Studies on the mouth parts a Comparative anatomy of the proboscis in the blood-sucking muscidae - Number 60
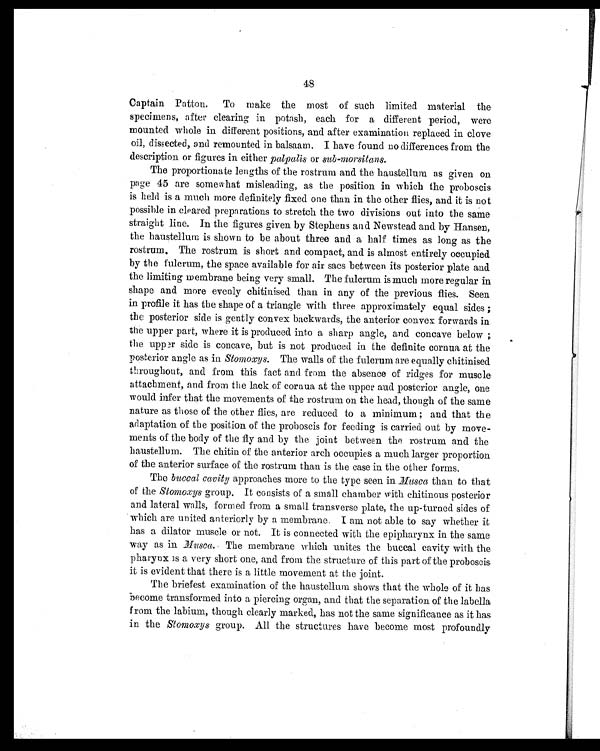
48
Captain Patton. To make the most of such limited material the
specimens, after clearing in potash, each for a different period, were
mounted whole in different positions, and after examination replaced in clove
oil, dissected, and remounted in balsaam. I have found no differences from the
description or figures in either palpalis or sub-morsitans.
The proportionate lengths of the rostrum and the haustellum as given on
page 45 are somewhat misleading, as the position in which the proboscis
is held is a much more definitely fixed one than in the other flies, and it is not
possible in cleared preparations to stretch the two divisions out into the same
straight line. In the figures given by Stephens and Newstead and by Hansen,
the haustellum is shown to be about three and a half times as long as the
rostrum, The rostrum is short and compact, and is almost entirely occupied
by the fulcrum, the space available for air sacs between its posterior plate and.
the limiting membrane being very small. The fulcrum is much more regular in
shape and more evenly chitinised than in any of the previous flies. Seen
in profile it has the shape of a triangle with three approximately equal sides
;
the posterior side is gently convex backwards, the anterior convex forwards in
the upper part, where it is produced into a sharp angle, and concave below;
the upper side is concave, but is not produced in the definite cornua at the
posterior angle as in Stomoxys. The walls of the fulcrum are equally chitinised
throughout, and from this fact and from the absence of ridges for muscle
attachment, and from the lack of cornua at the upper and posterior angle, one
would infer that the movements of the rostrum on the head, though of the same
nature as those of the other flies, are reduced to a minimum; and that the
adaptation of the position of the proboscis for feeding is carried out by move
ments of the body of the fly and by the joint between the rostrum and the
haustellum. The chitin of the anterior arch occupies a much larger proportion
of the anterior surface of the rostrum than is the case in the other forms,
The buccal cavity approaches more to the type seen in Musca than to that
of the Stomoxys group. It consists of a small chamber with chitinous posterior
and lateral walls, formed from a small transverse plate, the up-turned sides of
which are united anteriorly by a membrane. I am not able to say whether it
has a dilator muscle or not. It is connected with the epipharynx in the same
-way as in Musca. The membrane which unites the buccal cavity with the
pharynx is a very short one, and from the structure of this part of the proboscis
it is evident that there is a little movement at the joint.
The briefest examination of the haustellum shows that the whole of it has
become transformed into a piercing organ, and that the separation of the labella
from the labium, though clearly marked, has not the same significance as it has
in the Stomoxys group. All the structures have become most profoundly